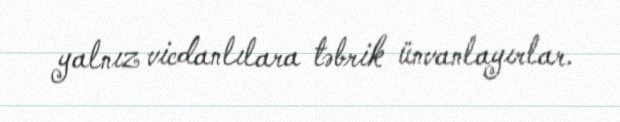
yalnız vicdanlılara təbrik ünvanlayırlar.